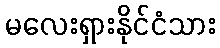
မလေးရှားနိုင်ငံသား